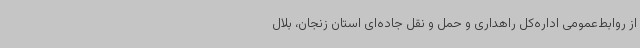
از روابط‌عمومی اداره‌کل راهداری و حمل و نقل جاده‌ای استان زنجان، بلال